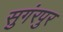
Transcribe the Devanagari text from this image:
सुगंरपुर